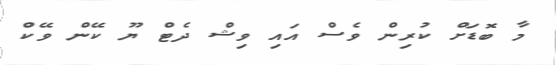
މާ ބޮޑަށް ކުރިން ވެސް އައި ވިޝް ދެޓް ޔޫ ކޭން ވޭކް